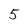
Character: 5